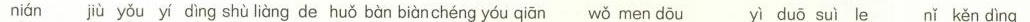
nián jiù yǒu yi dìng shù liàng de huǒ bàn biàn chéng yóu qiān wǒ men dōu yì duō suì le nǐ kěn dìng